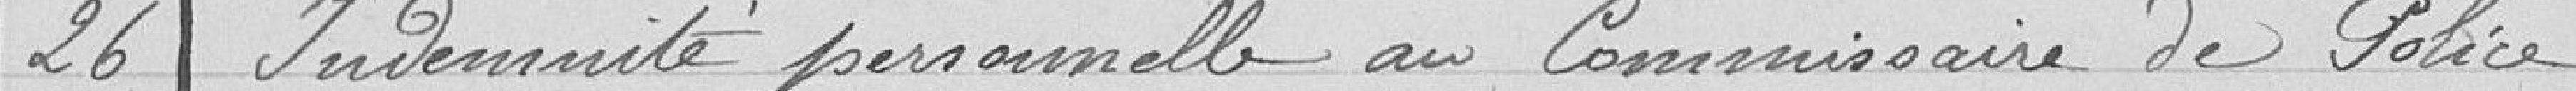
26 Indemnité personnelle du Commissaire de Police